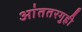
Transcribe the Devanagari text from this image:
आंततरगुही